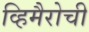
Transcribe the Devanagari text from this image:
व्हिमैरोची